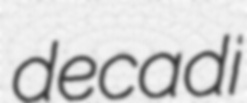
decadi